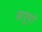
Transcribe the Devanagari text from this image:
प्रारूपो